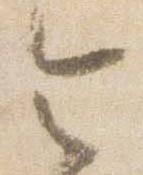
令